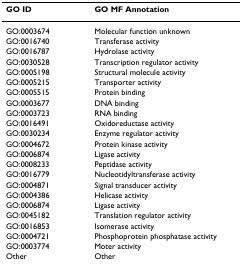
<table><thead><tr><td><b>GO ID</b></td><td><b>GO MF Annotation</b></td></tr></thead><tbody><tr><td>GO:0003674</td><td>Molecular function unknown</td></tr><tr><td>GO:0016740</td><td>Transferase activity</td></tr><tr><td>GO:0016787</td><td>Hydrolase activity</td></tr><tr><td>GO:0030528</td><td>Transcription regulator activity</td></tr><tr><td>GO:0005198</td><td>Structural molecule activity</td></tr><tr><td>GO:0005215</td><td>Transporter activity</td></tr><tr><td>GO:0005515</td><td>Protein binding</td></tr><tr><td>GO:0003677</td><td>DNA binding</td></tr><tr><td>GO:0003723</td><td>RNA binding</td></tr><tr><td>GO:0016491</td><td>Oxidoreductase activity</td></tr><tr><td>GO:0030234</td><td>Enzyme regulator activity</td></tr><tr><td>GO:0004672</td><td>Protein kinase activity</td></tr><tr><td>GO:0006874</td><td>Ligase activity</td></tr><tr><td>GO:0008233</td><td>Peptidase activity</td></tr><tr><td>GO:0016779</td><td>Nucleotidyltransferase activity</td></tr><tr><td>GO:0004871</td><td>Signal transducer activity</td></tr><tr><td>GO:0004386</td><td>Helicase activity</td></tr><tr><td>GO:0006874</td><td>Ligase activity</td></tr><tr><td>GO:0045182</td><td>Translation regulator activity</td></tr><tr><td>GO:0016853</td><td>Isomerase activity</td></tr><tr><td>GO:0004721</td><td>Phosphoprotein phosphatase activity</td></tr><tr><td>GO:0003774</td><td>Moter activity</td></tr><tr><td>Other</td><td>Other</td></tr></tbody></table>